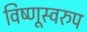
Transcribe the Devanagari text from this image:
विष्णूस्वरुप